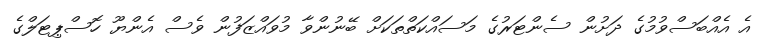
އެ އެއްބަސްވުމުގެ ދަށުން ސެންޓަރުގެ މަސައްކަތްތަކަށް ބޭނުންވާ މުވައްޒަފުން ވެސް އެންޔޫ ހޮސްޕިޓަލްގެ